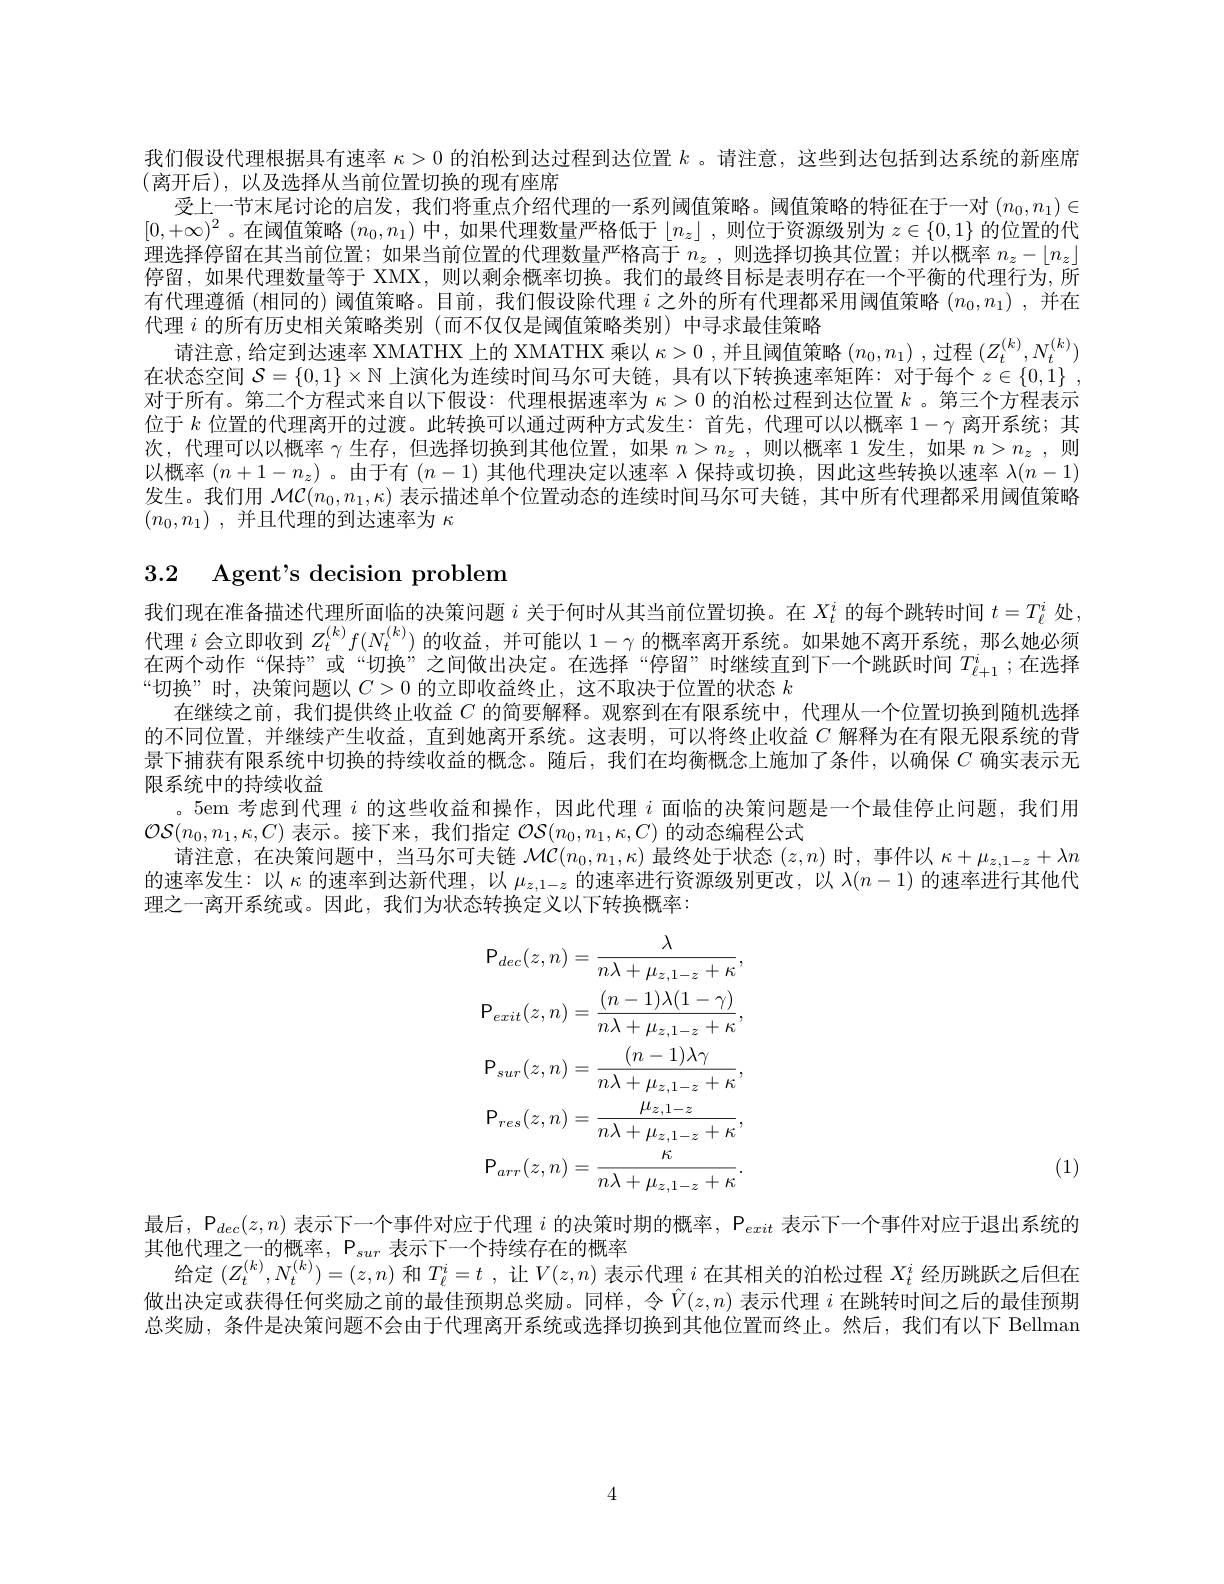
我们假设代理根据具有速率$\kappa>0$的泊松到达过程到达位置$k$ 。请注意，这些到达包括到达系统的新座席
(离开后),以及选择从当前位置切换的现有座席
受上一节末尾讨论的启发，我们将重点介绍代理的一系列阈值策略。阈值策略的特征在于一对$(n_0,n_1)\in$ $[0,+\infty)^2$。在阈值策略$(n_0,n_1)$中，如果代理数量严格低于$\lfloor n_z\rfloor$ ,则位于资源级别为$z\in\{0,1\}$的位置的代理选择停留在其当前位置；如果当前位置的代理数量严格高于$n_z$ ,则选择切换其位置；并以概率$n_z-\lfloor n_z\rfloor$ 停留，如果代理数量等于 XMX, 则以剩余概率切换。我们的最终目标是表明存在一个平衡的代理行为，所有代理遵循 (相同的) 阈值策略。目前，我们假设除代理$i$之外的所有代理都采用阈值策略$(n_0,n_1)$ ,并在代理$i$的所有历史相关策略类别(而不仅仅是阈值策略类别)中寻求最佳策略
请注意，给定到达速率 XMATHX 上的 XMATHX 乘以$\kappa>0$ ,并且阈值策略$(n_0,n_1)$ ,过程$(Z_t^{(k)},N_t^{(k)})$ 在状态空间$\mathcal{S}=\{0,1\}\times\mathbb{N}$上演化为连续时间马尔可夫链，具有以下转换速率矩阵：对于每个$z\in\{0,1\}$ , 对于所有。第二个方程式来自以下假设：代理根据速率为$\kappa>0$的泊松过程到达位置$k$ 。第三个方程表示位于$k$位置的代理离开的过渡。此转换可以通过两种方式发生：首先，代理可以以概率$1-\gamma$离开系统；其次，代理可以以概率 $\gamma$ 生存，但选择切换到其他位置，如果 $n> n_z$ , 则以概率 1发生，如果 $n> n_z$ , 则以概率$(n+1-n_z)$ 。由于有$(n-1)$其他代理决定以速率 λ保持或切换，因此这些转换以速率$\lambda(n-1)$ 发生。我们用$\mathcal{MC}(n_0,n_1,\kappa)$表示描述单个位置动态的连续时间马尔可夫链，其中所有代理都采用阈值策略$( n_0, n_1)$ ,并且代理的到达速率为$\kappa$

# 3.2 Agent's decision problem

我们现在准备描述代理所面临的决策问题$i$关于何时从其当前位置切换。在$X_t^i$的每个跳转时间$t=T_\ell^i$处， 代理$i$会立即收到$Z_t^(k)f(N_t^{(k)})$的收益，并可能以$1-\gamma$的概率离开系统。如果她不离开系统，那么她必须在两个动作“保持”或“切换”之间做出决定。在选择“停留”时继续直到下一个跳跃时间$T_{\ell+1}^i$ ;在选择“切换”时，决策问题以$C>0$的立即收益终止，这不取决于位置的状态$k$
在继续之前，我们提供终止收益$C$ 的简要解释。观察到在有限系统中，代理从一个位置切换到随机选择的不同位置，并继续产生收益，直到她离开系统。这表明，可以将终止收益$C$解释为在有限无限系统的背景下捕获有限系统中切换的持续收益的概念。随后，我们在均衡概念上施加了条件，以确保$C$ 确实表示无限系统中的持续收益
。5em 考虑到代理$i$的这些收益和操作，因此代理$i$面临的决策问题是一个最佳停止问题，我们用
$\mathcal{OS}(n_0,n_1,\kappa,C)$表示。接下来，我们指定$\mathcal{OS}(n_0,n_1,\kappa,C)$的动态编程公式
请注意，在决策问题中，当马尔可夫链$\mathcal{MC}(n_0,n_1,\kappa)$最终处于状态$(z,n)$时，事件以$\kappa+\mu_z,1-z+\lambda n$ 的速率发生：以$\kappa$的速率到达新代理，以$\mu_z,1-z$的速率进行资源级别更改，以$\lambda(n-1)$的速率进行其他代理之一离开系统或。因此，我们为状态转换定义以下转换概率：
$$\begin{aligned}&\mathsf{P}_{dec}(z,n)=\frac{\lambda}{n\lambda+\mu_{z,1-z}+\kappa},\\&\mathsf{P}_{exit}(z,n)=\frac{(n-1)\lambda(1-\gamma)}{n\lambda+\mu_{z,1-z}+\kappa},\\&\mathsf{P}_{sur}(z,n)=\frac{(n-1)\lambda\gamma}{n\lambda+\mu_{z,1-z}+\kappa},\\&\mathsf{P}_{res}(z,n)=\frac{\mu_{z,1-z}}{n\lambda+\mu_{z,1-z}+\kappa},\\&\mathsf{P}_{arr}(z,n)=\frac{\kappa}{n\lambda+\mu_{z,1-z}+\kappa}.\end{aligned}$$
(1)

最后，$\mathsf{P}_{dec}(z,n)$表示下一个事件对应于代理$i$的决策时期的概率，$\mathsf{P}_exit$表示下一个事件对应于退出系统的
其他代理之一的概率，$\mathcal{P}_sur$表示下一个持续存在的概率
给定$(Z_t^{(k)},N_t^{(k)})=(z,n)$和$T_\ell^i=t$ ,让$V(z,n)$表示代理$i$在其相关的泊松过程$X_t^i$经历跳跃之后但在做出决定或获得任何奖励之前的最佳预期总奖励。同样，令$\hat{V}(z,n)$表示代理$i$在跳转时间之后的最佳预期总奖励，条件是决策问题不会由于代理离开系统或选择切换到其他位置而终止。然后，我们有以下 Bellman

4